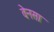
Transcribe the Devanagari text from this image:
वेनसा